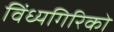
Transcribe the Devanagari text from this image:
विंध्यगिरिको